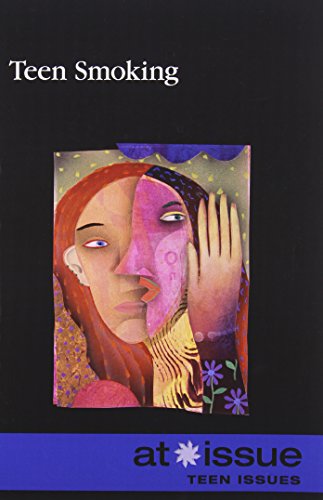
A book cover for Teen Smoking (At Issue); Roman Espejo; Teen & Young Adult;